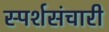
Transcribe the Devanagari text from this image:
स्पर्शसंचारी